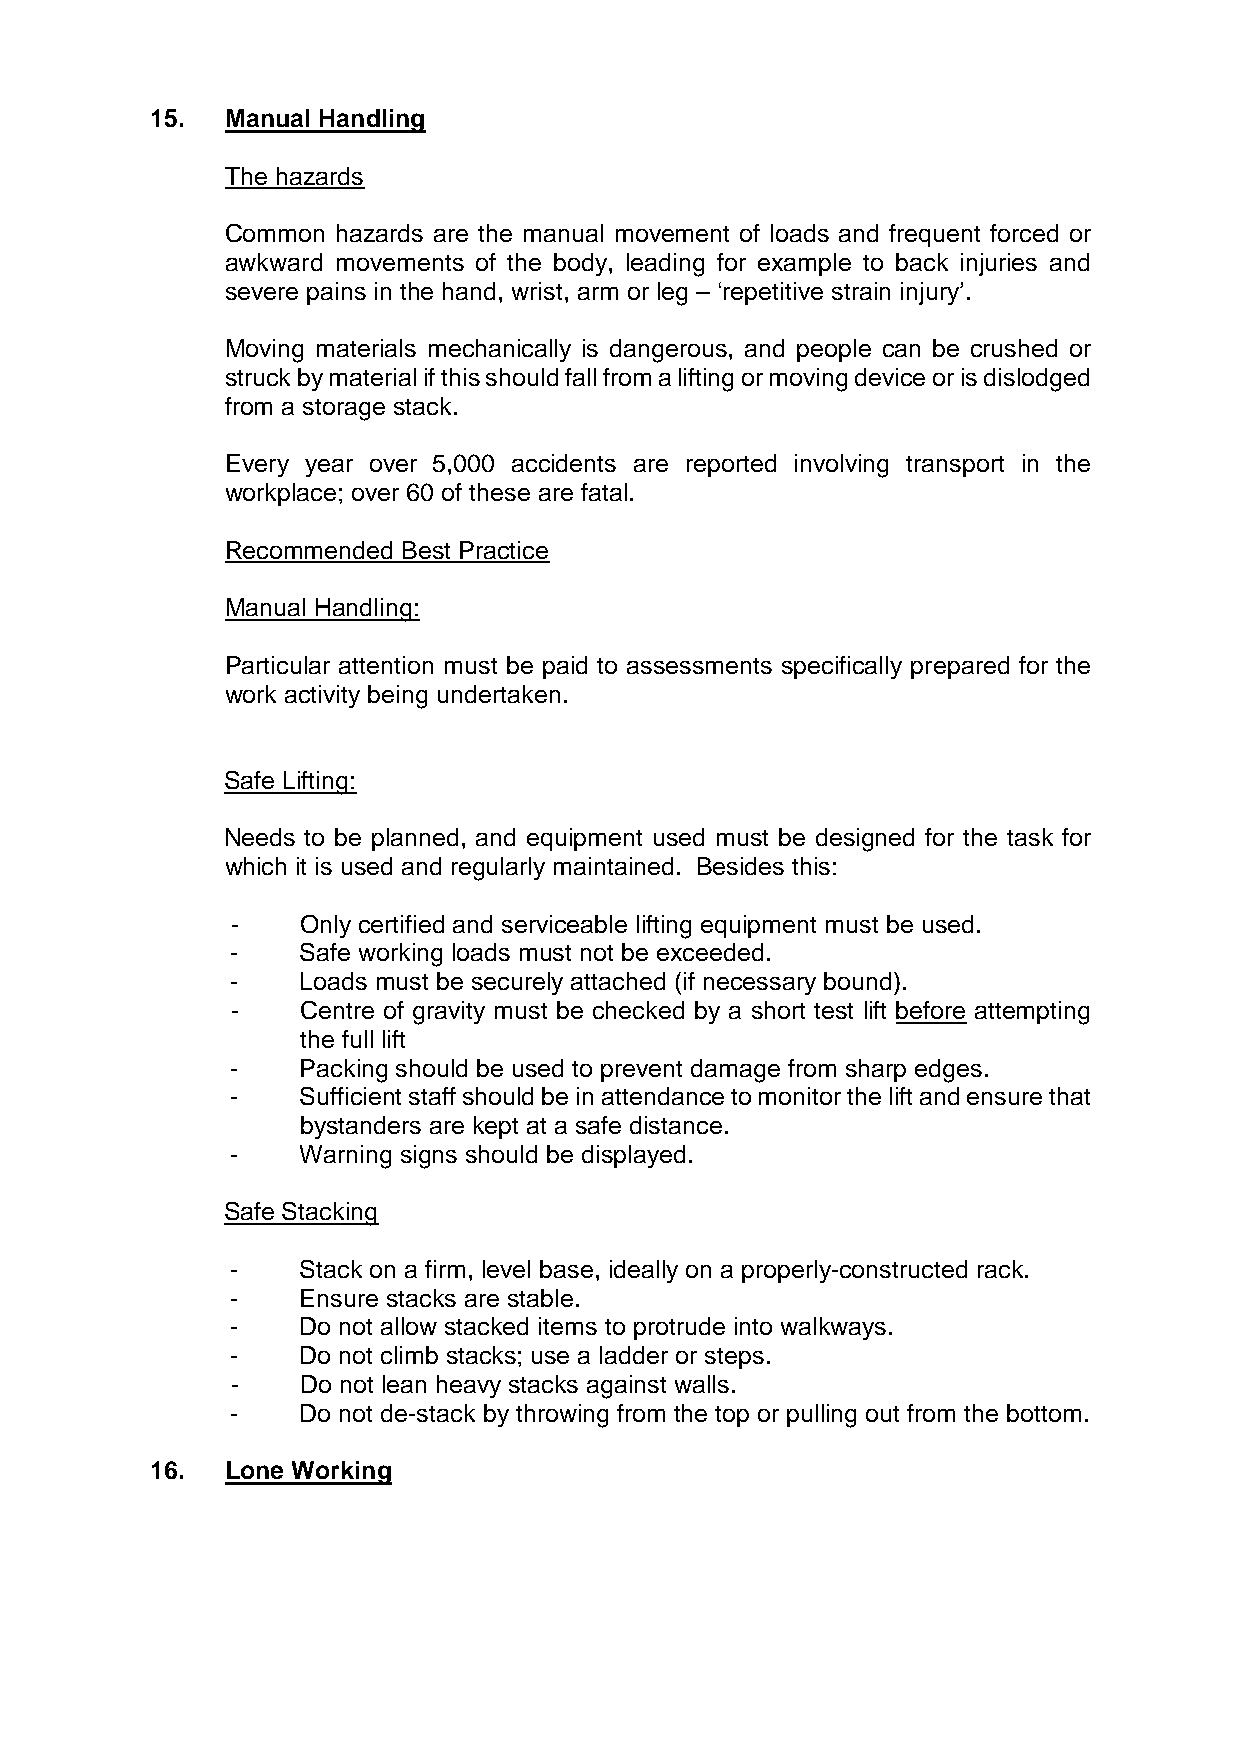
15.  Manual Handling
 The hazards
 Common hazards are the manual movement of loads and frequent forced or
 awkward movements of the body, leading for example to back injuries and
 severe pains in the hand, wrist, arm or leg – ‘repetitive strain injury’.
 Moving materials mechanically is dangerous, and people can be crushed or
 struck by material if this should fall from a lifting or moving device or is dislodged
 from a storage stack.
 Every year over 5,000 accidents are reported involving transport in the
 workplace; over 60 of these are fatal.
 Recommended Best Practice
 Manual Handling:
 Particular attention must be paid to assessments specifically prepared for the
 work activity being undertaken.
 Safe Lifting:
 Needs to be planned, and equipment used must be designed for the task for
 which it is used and regularly maintained. Besides this:
 -    Only certified and serviceable lifting equipment must be used.
 -    Safe working loads must not be exceeded.
 -    Loads must be securely attached (if necessary bound).
 -    Centre of gravity must be checked by a short test lift before attempting
 the full lift
 -    Packing should be used to prevent damage from sharp edges.
 -    Sufficient staff should be in attendance to monitor the lift and ensure that
 bystanders are kept at a safe distance.
 -    Warning signs should be displayed.
 Safe Stacking
 -    Stack on a firm, level base, ideally on a properly-constructed rack.
 -    Ensure stacks are stable.
 -    Do not allow stacked items to protrude into walkways.
 -    Do not climb stacks; use a ladder or steps.
 -    Do not lean heavy stacks against walls.
 -    Do not de-stack by throwing from the top or pulling out from the bottom.
 16.  Lone Working